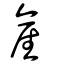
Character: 産